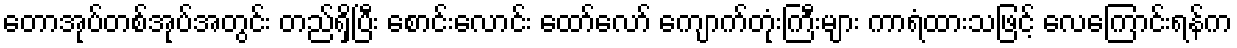
တောအုပ်တစ်အုပ်အတွင်း တည်ရှိပြီး စောင်းလောင်း ထော်လော် ကျောက်တုံးကြီးများ ကာရံထားသဖြင့် လေကြောင်းရန်က